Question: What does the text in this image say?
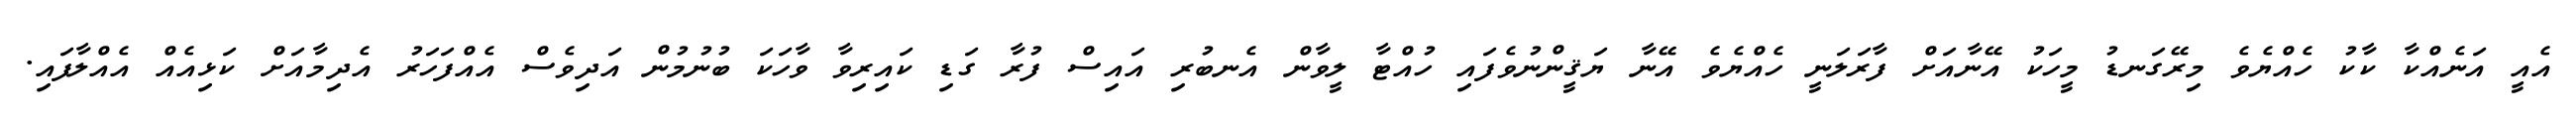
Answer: އެއީ އަނެއްކާ ކާކު ހެއްޔެވެ މިރޭގަނޑު މީހަކު އޭނާއަށް ފާރަލަނީ ހެއްޔެވެ އޭނާ ޔަޤީންނުވެފައި ހުއްޓާ ލީވާން އެނބުރި އައިސް ފުރާ ގަޑި ކައިރިވާ ވާހަކަ ބުނުމުން އަދިވެސް އެއްފަހަރު އެދިމާއަށް ކަޅިއެއް އެއްލާފައި.